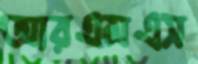
আরএমএস